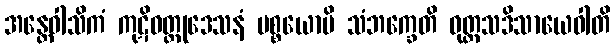
အန္တေဝါသိကံ ကုဋိဝတ္ထုဒေသနံ ပစ္စယောပိ သံဘက္ခေတိ ဝုတ္တသဒိသာယေဝါတိ